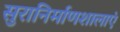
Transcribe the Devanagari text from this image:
सुरानिर्माणशालाएं